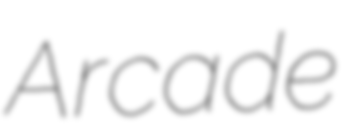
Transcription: Arcade